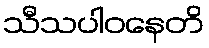
သီသပါဝနေတိ